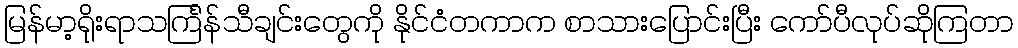
မြန်မာ့ရိုးရာသင်္ကြန်သီချင်းတွေကို နိုင်ငံတကာက စာသားပြောင်းပြီး ကော်ပီလုပ်ဆိုကြတာ